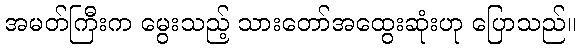
အမတ်ကြီးက မွေးသည့် သားတော်အထွေးဆုံးဟု ပြောသည်။